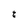
Character: t